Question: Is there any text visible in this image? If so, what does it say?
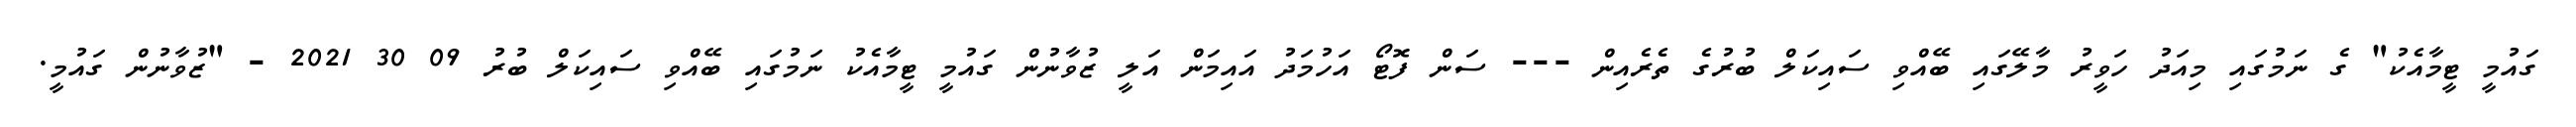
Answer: ގައުމީ ޓީމާއެކު" ގެ ނަމުގައި މިއަދު ހަވީރު މާލޭގައި ބޭއްވި ސައިކަލް ބުރުގެ ތެރެއިން --- ސަން ފޮޓޯ އަހުމަދު އައިމަން އަލީ ޒުވާނުން ގައުމީ ޓީމާއެކު ނަމުގައި ބޭއްވި ސައިކަލް ބުރު 09 30 2021 - "ޒުވާނުން ގައުމީ.